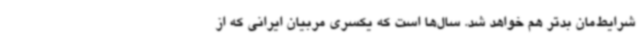
شرایط‌مان بدتر هم خواهد شد. سال‌ها است که یکسری مربیان ایرانی که از